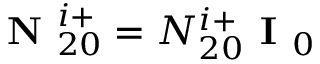
\textbf { N } _ { 2 0 } ^ { i + } = N _ { 2 0 } ^ { i + } \textbf { I } _ { 0 }